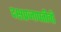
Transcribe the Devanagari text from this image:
दक्षप्रजापतीची